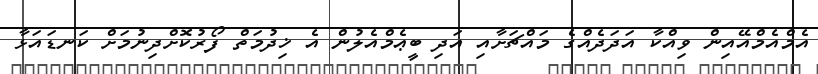
އެމްއެމްއޭއިން ވިއްކާ އަދަދެއްގެ މައްޗަށާއި އަދި ބީޢެމްއެލުން އެ ޚިދުމަތް ފޯރުކޮށްދިނުމަށް ކަނޑައަޅާ